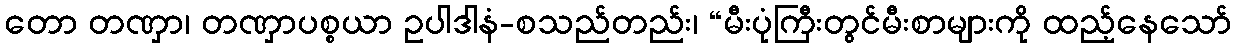
တော တဏှာ၊ တဏှာပစ္စယာ ဥပါဒါနံ-စသည်တည်း၊ “မီးပုံကြီးတွင်မီးစာများကို ထည့်နေသော်